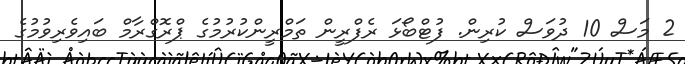
2 މަސް 10 ދުވަސް ކުރިން. ފުޓްބޯޅަ ރެފްރީން ތަމްރީންކުރުމުގެ ޕްރޮގްރާމް ބައިވެރިވުމުގެ